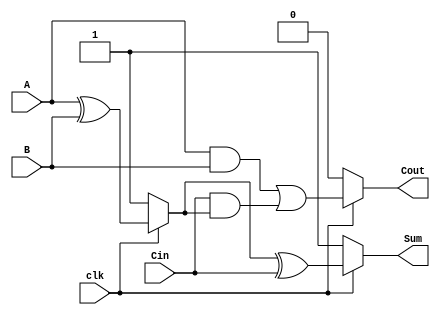
module dynamic_full_adder (
    input wire A,     // First input bit
    input wire B,     // Second input bit
    input wire Cin,   // Carry-in bit
    input wire clk,   // Clock signal
    output wire Sum,  // Sum output
    output wire Cout  // Carry-out output
);

    // Internal wires for intermediate signals
    wire AB;          // A AND B
    wire A_xor_B;    // A XOR B
    wire A_xor_B_Cin; // (A XOR B) XOR Cin

    // Dynamic logic for Sum = A XOR B XOR Cin
    // Precharge phase (when clk = 0)
    // Evaluate phase (when clk = 1)

    // Dynamic AND gate for A AND B
    assign AB = A & B;

    // Dynamic XOR logic
    // Precharge logic (when clk is low)
    wire A_xor_B_precharge;
    assign A_xor_B_precharge = clk ? (A ^ B) : 1'b1; // Precharge to 1 when clk is low

    // Evaluate logic for A XOR B
    assign A_xor_B = (clk) ? (A ^ B) : A_xor_B_precharge;

    // Final Sum calculation: Sum = A XOR B XOR Cin
    wire A_xor_B_Cin_precharge;
    assign A_xor_B_Cin_precharge = clk ? (A_xor_B ^ Cin) : 1'b1; // Precharge to 1 when clk is low

    assign Sum = (clk) ? (A_xor_B ^ Cin) : A_xor_B_Cin_precharge;

    // Dynamic OR gate for Cout = (A AND B) OR (Cin AND (A XOR B))
    wire Cin_and_A_xor_B;
    assign Cin_and_A_xor_B = Cin & A_xor_B;

    // Final Cout calculation
    assign Cout = (clk) ? (AB | Cin_and_A_xor_B) : 1'b0; // Precharge to 0 when clk is low

endmodule